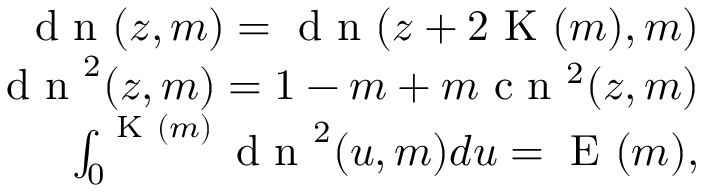
\begin{array} { r } { \mathrm { ~ d ~ n ~ } ( z , m ) = \mathrm { ~ d ~ n ~ } ( z + 2 \mathrm { ~ K ~ } ( m ) , m ) } \\ { \mathrm { ~ d ~ n ~ } ^ { 2 } ( z , m ) = 1 - m + m \mathrm { ~ c ~ n ~ } ^ { 2 } ( z , m ) } \\ { \int _ { 0 } ^ { \mathrm { ~ K ~ } ( m ) } \mathrm { ~ d ~ n ~ } ^ { 2 } ( u , m ) d u = \mathrm { ~ E ~ } ( m ) , } \end{array}